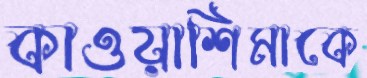
কাওয়াশিমাকে